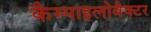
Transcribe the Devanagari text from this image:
कैम्पाइलोबैक्टर